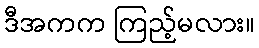
ဒီအကက ကြည့်မလား။